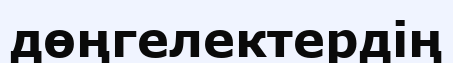
дөңгелектердің